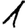
Digit: 1